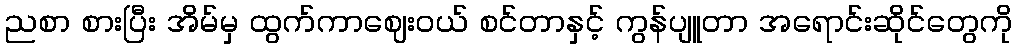
ညစာ စားပြီး အိမ်မှ ထွက်ကာဈေးဝယ် စင်တာနှင့် ကွန်ပျူတာ အရောင်းဆိုင်တွေကို